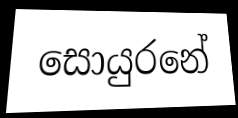
සොයුරනේ